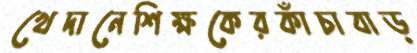
খেদানেশিক্ষকেরকাঁচাবাড়